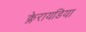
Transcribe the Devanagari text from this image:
क्लेरायडिया